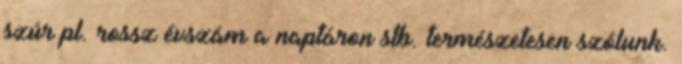
szúr pl. rossz évszám a naptáron stb. természetesen szólunk.